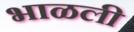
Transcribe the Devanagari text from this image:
भाळली